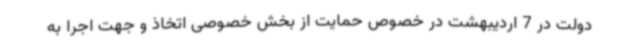
دولت در 7 اردیبهشت در خصوص حمایت از بخش خصوصی اتخاذ و جهت اجرا به